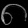
Digit: ၈